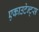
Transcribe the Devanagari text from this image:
एकाउटेन्ट्स